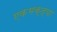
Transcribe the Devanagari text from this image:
एकभक्त्या